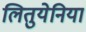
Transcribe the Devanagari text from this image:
लितुयेनिया